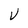
Character: V